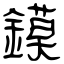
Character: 鏌